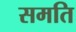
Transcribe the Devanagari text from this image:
समति